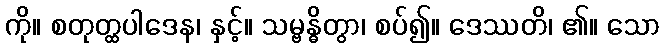
ကို။ စတုတ္ထပါဒေန၊ နှင့်။ သမ္ဗန္ဓိတွာ၊ စပ်၍။ ဒေဿတိ၊ ၏။ သော